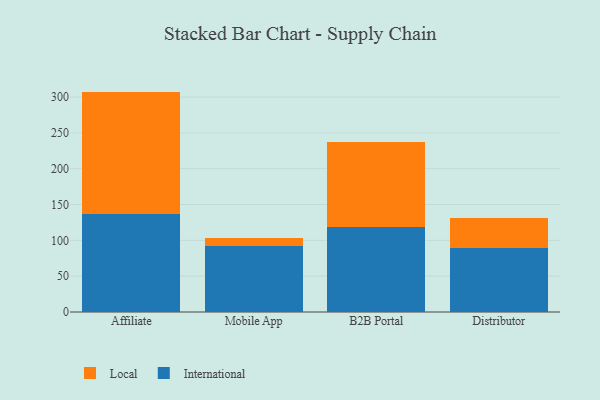
{"axis": {"x": "Channel", "y": "Production Output"}, "legend": ["International", "Local"], "data": [{"x": "Affiliate", "y": 136.3, "type": "International"}, {"x": "Affiliate", "y": 171.3, "type": "Local"}, {"x": "Mobile App", "y": 92.0, "type": "International"}, {"x": "Mobile App", "y": 11.5, "type": "Local"}, {"x": "B2B Portal", "y": 118.1, "type": "International"}, {"x": "B2B Portal", "y": 119.1, "type": "Local"}, {"x": "Distributor", "y": 89.2, "type": "International"}, {"x": "Distributor", "y": 42.3, "type": "Local"}]}